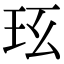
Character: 𤤈